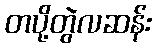
တပို့တွဲလဆန်း